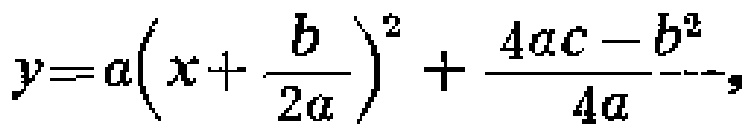
\(y=a\left(x+\frac{b}{2a}\right)^{2}+\frac{4ac - b^{2}}{4a}\)